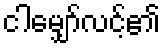
ငါမျှော်လင့်၏